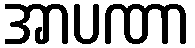
အာပဏာ